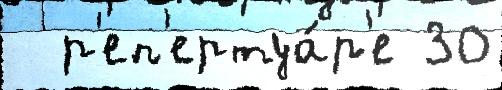
  р'еп'ертуа́р'е 30